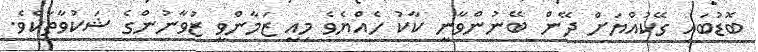
ބޮޑުބައި ގޭކުއްޔަށް ދޭން ބޭނުންވާނީ ކާކު ހެއްޔެވެ މިއީ ޒަމާންވީ ޒުވާނުންގެ ޝަކުވާތަކެވެ.